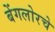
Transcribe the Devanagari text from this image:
बेंगलोरचे